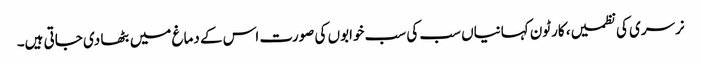
نرسری کی نظمیں، کارٹون کہانیاں سب کی سب خوابوں کی صورت اس کے دماغ میں بٹھا دی جاتی ہیں۔